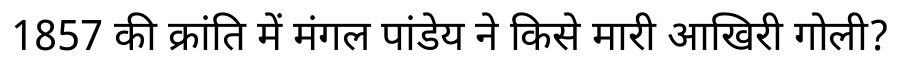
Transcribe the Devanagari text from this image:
1857 की क्रांति में मंगल पांडेय ने किसे मारी आखिरी गोली?